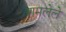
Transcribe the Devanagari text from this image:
शमलेले